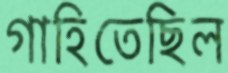
গাহিতেছিল